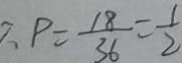
. P = \frac { 1 8 } { 3 6 } = \frac { 1 } { 2 }